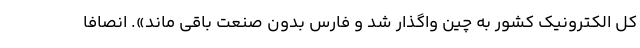
کل الکترونیک کشور به چین واگذار شد و فارس بدون صنعت باقی ماند». انصافا